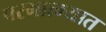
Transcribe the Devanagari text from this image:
परमात्म्यात